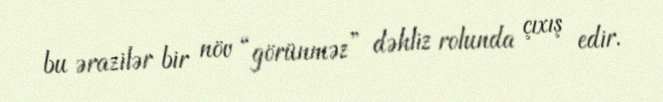
bu ərazilər bir növ “görünməz” dəhliz rolunda çıxış edir.